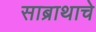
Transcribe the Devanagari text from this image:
साब्राथाचे